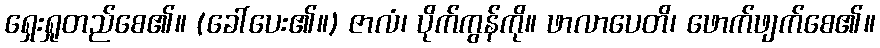
ရှေးရှုတည်စေ၏။ (ခေါ်ပေး၏။) ဇာလံ၊ ပိုက်ကွန်ကို။ ဖာလာပေတိ၊ ဖောက်ဖျက်စေ၏။